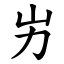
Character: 屴